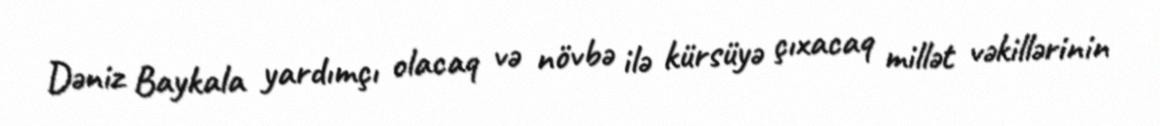
Dəniz Baykala yardımçı olacaq və növbə ilə kürsüyə çıxacaq millət vəkillərinin